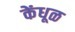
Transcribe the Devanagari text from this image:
केंधूळ